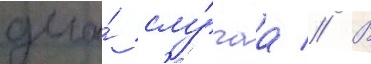
два́ слу́чаа // В